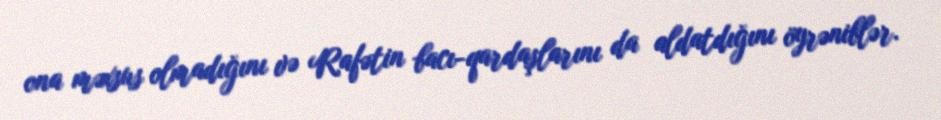
ona məxsus olmadığını və Rafətin bacı-qardaşlarını da aldatdığını öyrəniblər.